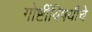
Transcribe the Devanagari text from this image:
गोष्टींविषयीचे